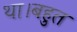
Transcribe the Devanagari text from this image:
था।बहुत